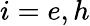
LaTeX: i=e,h